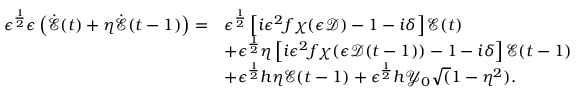
\begin{array} { r l } { \epsilon ^ { \frac { 1 } { 2 } } \epsilon \left( \dot { \mathcal { E } } ( t ) + \eta \dot { \mathcal { E } } ( t - 1 ) \right) = } & { \epsilon ^ { \frac { 1 } { 2 } } \left[ i \epsilon ^ { 2 } f \chi ( \epsilon \mathcal { D } ) - 1 - i \delta \right] \mathcal { E } ( t ) } \\ & { + \epsilon ^ { \frac { 1 } { 2 } } \eta \left[ i \epsilon ^ { 2 } f \chi ( \epsilon \mathcal { D } ( t - 1 ) ) - 1 - i \delta \right] \mathcal { E } ( t - 1 ) } \\ & { + \epsilon ^ { \frac { 1 } { 2 } } h \eta \mathcal { E } ( t - 1 ) + \epsilon ^ { \frac { 1 } { 2 } } h \mathcal { Y } _ { 0 } \sqrt ( 1 - \eta ^ { 2 } ) . } \end{array}